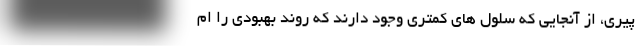
پیری، از آنجایی که سلول های کمتری وجود دارند که روند بهبودی را ام